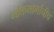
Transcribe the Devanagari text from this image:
भक्तिमार्गाचीच